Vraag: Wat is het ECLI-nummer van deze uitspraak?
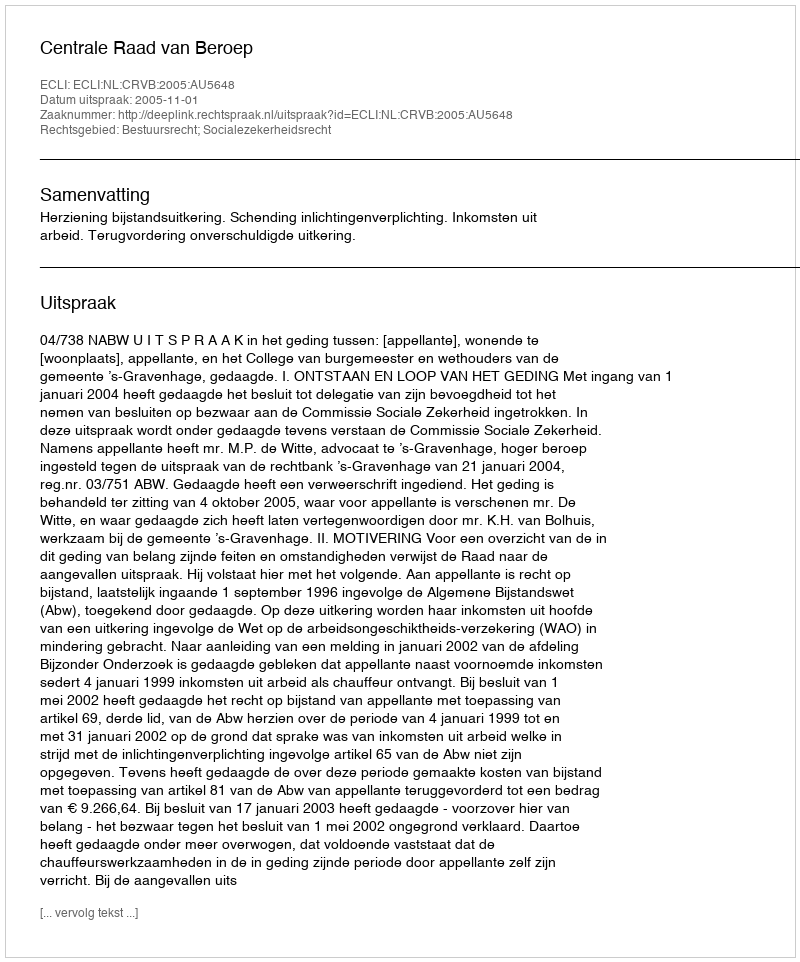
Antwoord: ECLI:NL:CRVB:2005:AU5648